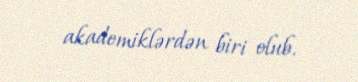
akademiklərdən biri olub.